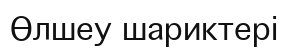
Өлшеу шариктері